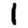
Digit: 1